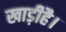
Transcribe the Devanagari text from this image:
खाड़ीहै।